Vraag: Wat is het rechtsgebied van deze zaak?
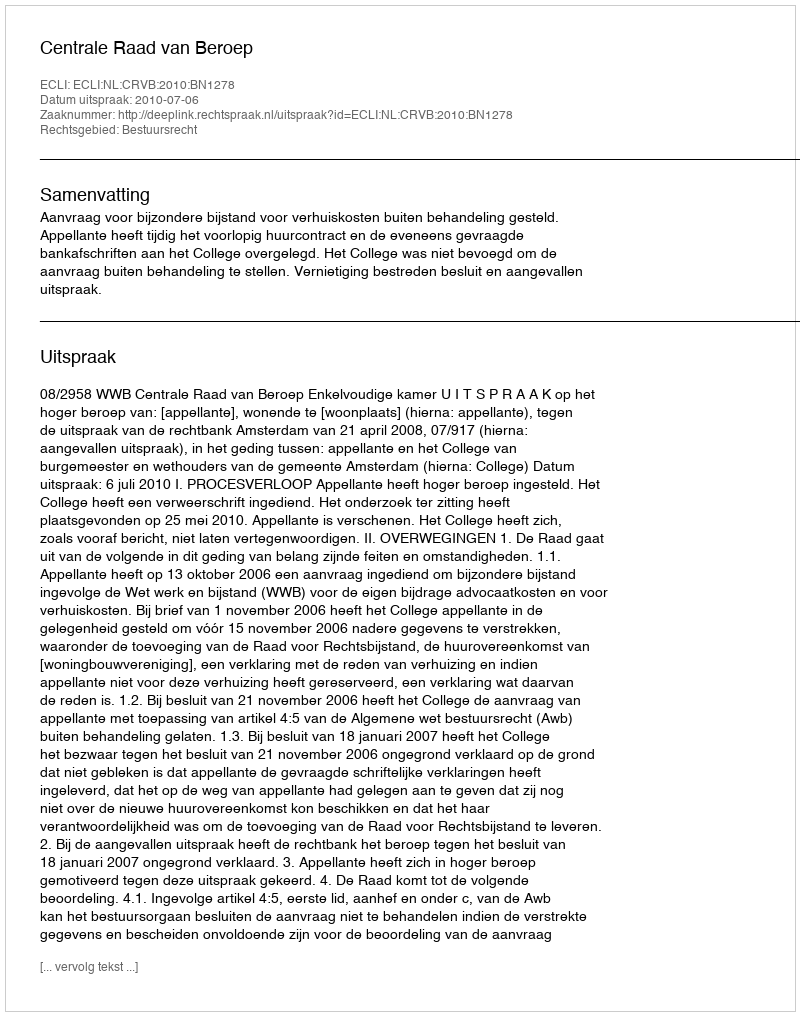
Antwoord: Bestuursrecht